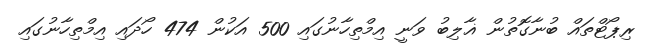
ރިޕޯޓްތައް ބުނާގޮތުން ޣާލިބު ވަނީ އިމްތިހާނުގައި 500 އަކުން 474 ހޯދައި އިމްތިހާނުގައި